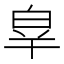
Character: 𤽝